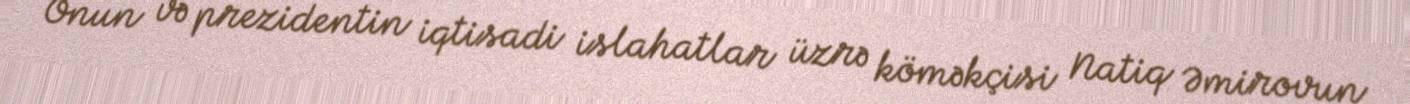
Onun və prezidentin iqtisadi islahatlar üzrə köməkçisi Natiq Əmirovun